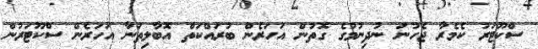
ސްކޫޓަރު ކެމެރާ ޖެހުނަ ނުދިނުމުގެ ގޮތުން އަހަރެން ބުރައްކަތް އޮބާލިތަނާ އަހަރެން ސްކޫޓަރުން